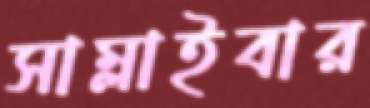
সাম্‌লাইবার